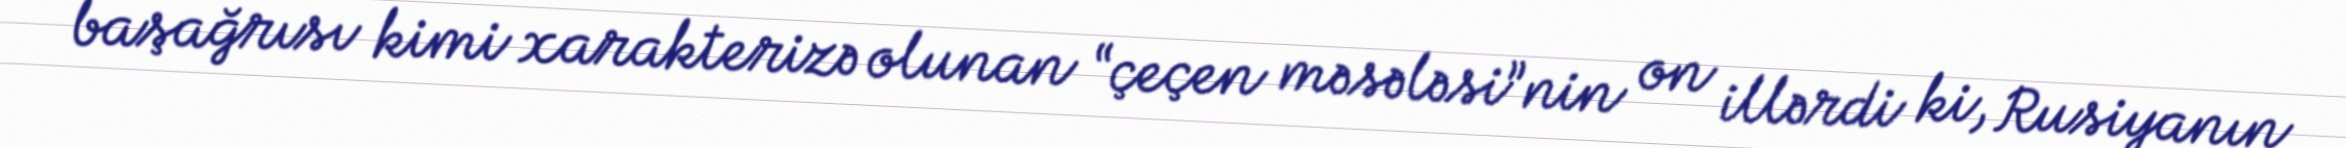
başağrısı kimi xarakterizə olunan “çeçen məsələsi”nin on illərdi ki, Rusiyanın